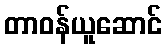
တာဝန်ယူဆောင်